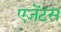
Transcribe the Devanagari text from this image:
एजेंटस